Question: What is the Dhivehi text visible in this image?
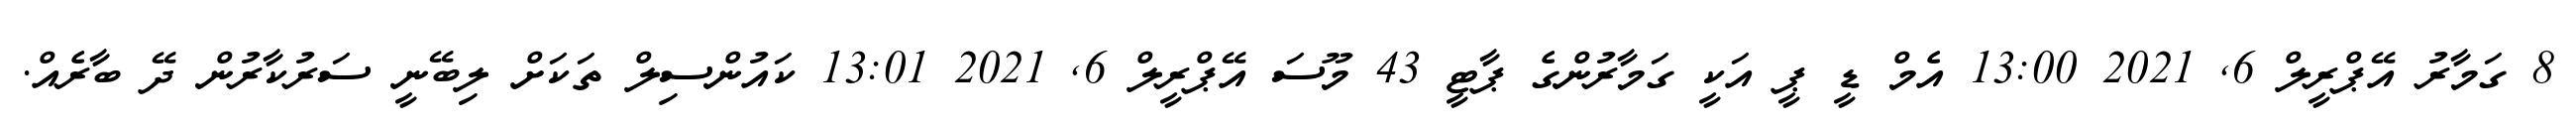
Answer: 8 ގަމާރު އޭޕްރީލް 6, 2021 13:00 އެމް ޑީ ޕީ އަކީ ގަމާރުންގެ ޕާޓީ 43 މޫސަ އޭޕްރީލް 6, 2021 13:01 ކައުންސިލް ތަކަށް ލިބޭނީ ސަރުކާރުން ދޭ ބާރެއް.